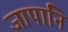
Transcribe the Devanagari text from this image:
जापानि